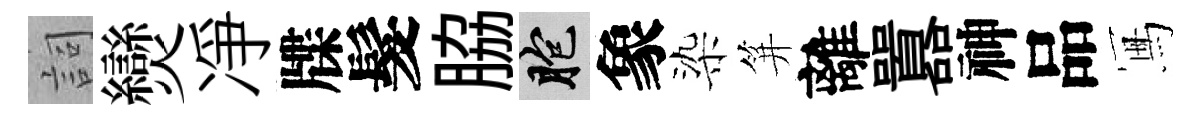
詞𤓖凈牒髮脇胞象染笄離囂神品冩